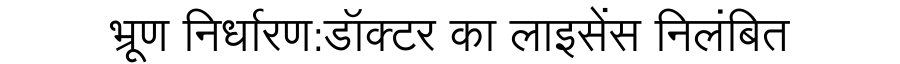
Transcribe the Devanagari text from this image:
भ्रूण निर्धारण:डॉक्टर का लाइसेंस निलंबित